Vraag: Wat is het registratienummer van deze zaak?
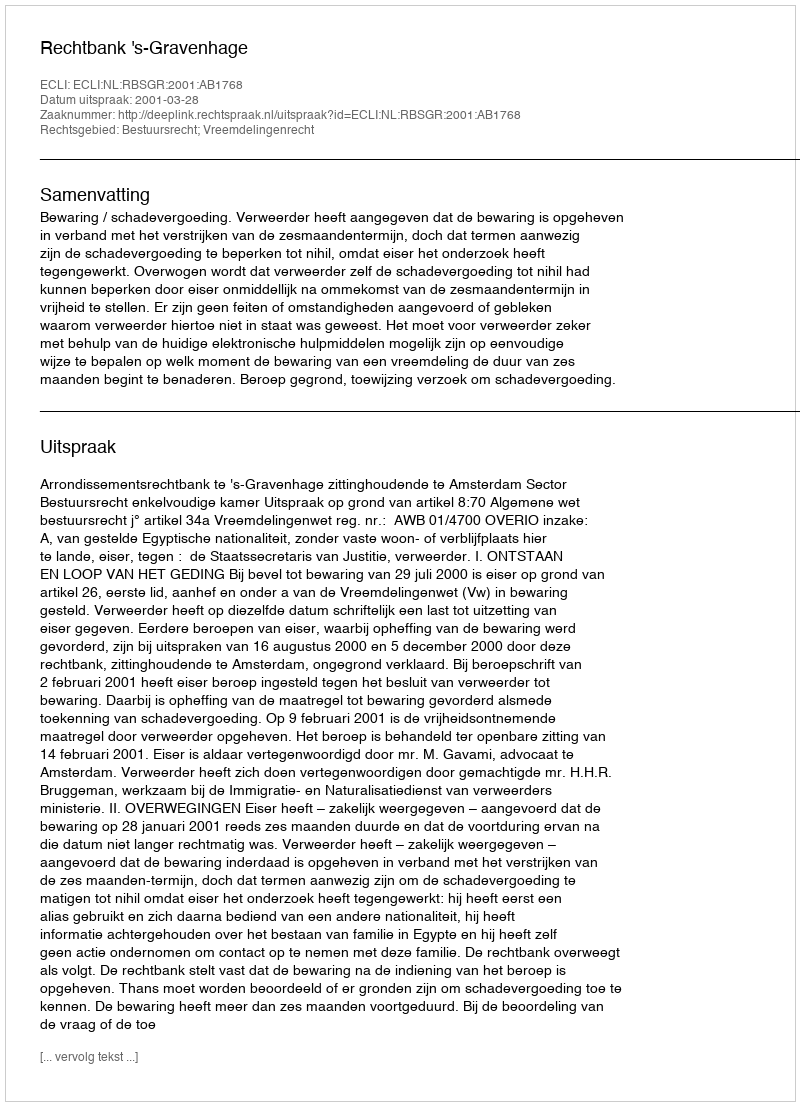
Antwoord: http://deeplink.rechtspraak.nl/uitspraak?id=ECLI:NL:RBSGR:2001:AB1768